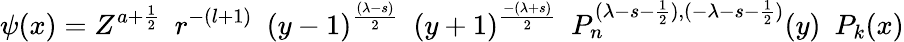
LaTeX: \psi(x)=Z^{a+\frac{1}{2}}\, \, \, r^{-(l+1)}\, \, \, (y-1)^{\frac{(\lambda-s)}{2}}\, \, \, (y+1)^{\frac{-(\lambda+s)}{2}}\, \, \, P_{n}^{(\lambda-s-\frac{1}{2}),(-\lambda-s-\frac{1}{2})}(y)\, \, \, P_{k}(x)